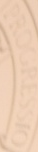
PROGRESSIO